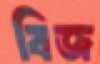
বিজ